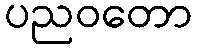
ပညဝတော